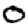
Digit: 0